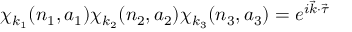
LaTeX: \chi _ { k _ { 1 } } ( n _ { 1 } , a _ { 1 } ) \chi _ { k _ { 2 } } ( n _ { 2 } , a _ { 2 } ) \chi _ { k _ { 3 } } ( n _ { 3 } , a _ { 3 } ) = e ^ { i { \vec { k } } \cdot { \vec { \tau } } }